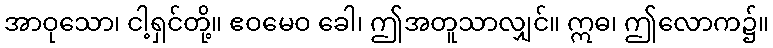
အာဝုသော၊ ငါ့ရှင်တို့။ ဧဝမေဝ ခေါ၊ ဤအတူသာလျှင်။ ဣဓ၊ ဤလောက၌။